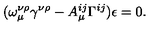
( \omega _ { \mu } ^ { \nu \rho } \gamma ^ { \nu \rho } - A _ { \mu } ^ { i j } \Gamma ^ { i j } ) \epsilon = 0 .